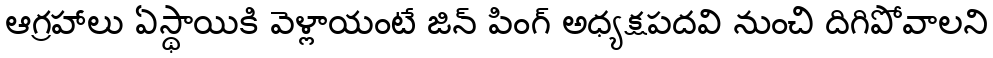
ఆగ్రహాలు ఏస్థాయికి వెళ్లాయంటే జిన్ పింగ్ అధ్యక్షపదవి నుంచి దిగిపోవాలని